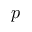
p